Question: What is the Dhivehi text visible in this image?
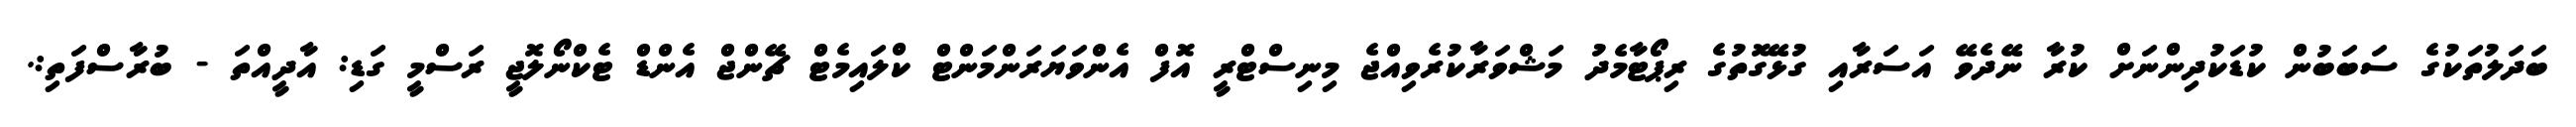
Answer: ބަދަލުތަކުގެ ސަބަބުން ކުޑަކުދިންނަށް ކުރާ ނޭދެވޭ އަސަރާއި ގުޅޭގޮތުގެ ރިޕޯޓާމެދު މަޝްވަރާކުރެވިއްޖެ މިނިސްޓްރީ އޮފް އެންވަޔަރަންމަންޓް ކްލައިމެޓް ޗޭންޖް އެންޑް ޓެކްނޯލޮޖީ ރަސްމީ ގަޑި: އާދީއްތަ - ބުރާސްފަތި:.